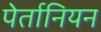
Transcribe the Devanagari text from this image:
पेर्तानियन